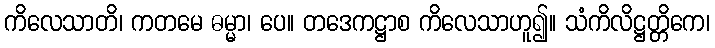
ကိလေသာတိ၊ ကတမေ ဓမ္မာ၊ ပေ။ တဒေကဋ္ဌာစ ကိလေသာဟူ၍။ သံကိလိဋ္ဌတ္တိကေ၊